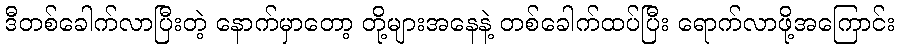
ဒီတစ်ခေါက်လာပြီးတဲ့ နောက်မှာတော့ တို့များအနေနဲ့ တစ်ခေါက်ထပ်ပြီး ရောက်လာဖို့အကြောင်း